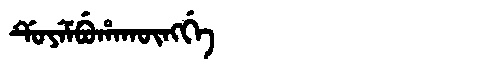
Manchu: ᡩᡠᠶᡝᠮᠪᡠᡥᠠᡴᡡᠩᡤᡝ
Romanization: DUYEMBUHAKŪNGGE